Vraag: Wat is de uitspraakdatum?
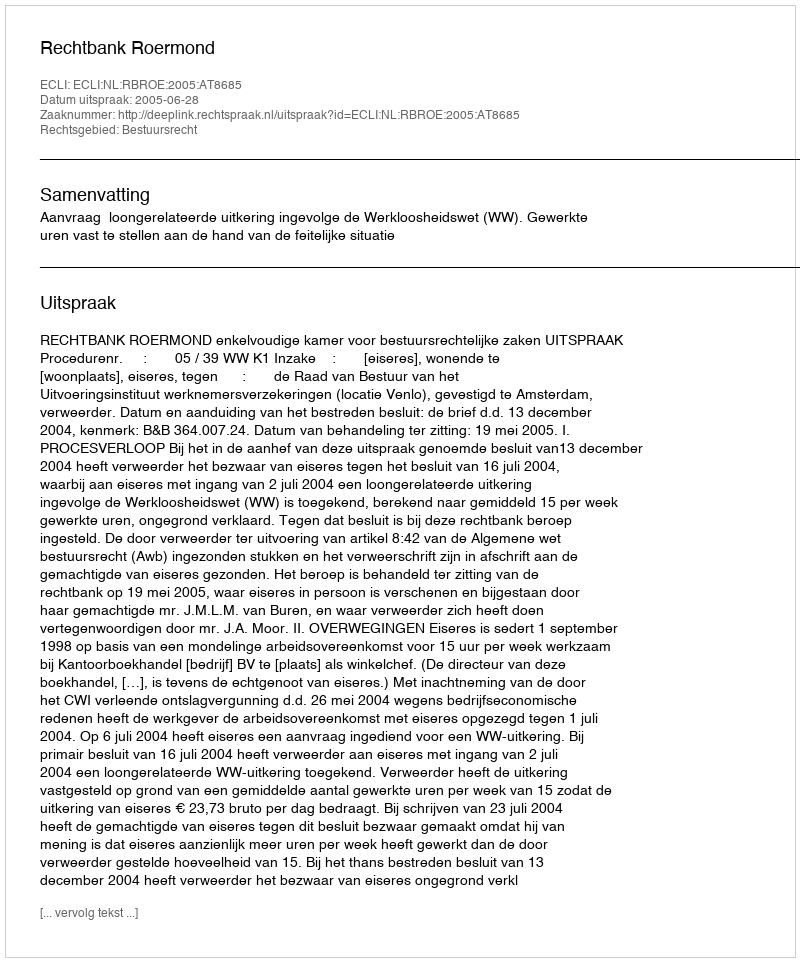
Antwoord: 2005-06-28